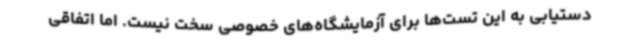
دستیابی به این تست‌ها برای آزمایشگاه‌های خصوصی سخت نیست. اما اتفاقی